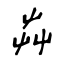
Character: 芔